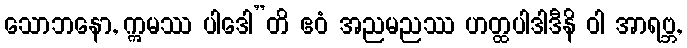
သောဘနော, ဣမဿ ပါဒေါ”တိ ဧဝံ အညမညဿ ဟတ္ထပါဒါဒီနိ ဝါ အာရဗ္ဘ,